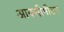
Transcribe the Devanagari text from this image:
आक्सीमीटर